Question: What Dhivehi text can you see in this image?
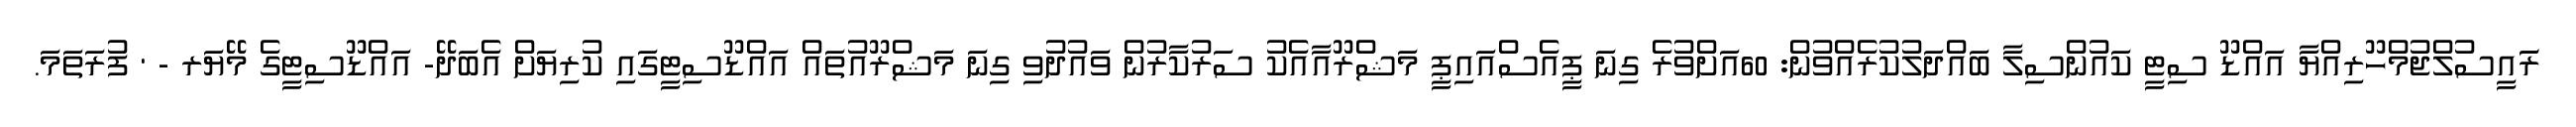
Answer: ރަައީސުލްޖުމްހޫރިއްޔާ އައްޑޫ ސިޓީ ކައުންސިލާ ބައްދަލުކުރެއްވުން: 60އަށްވުރެ ގިނަ ޕީއެސްއައިޕީ މަޝްރޫއާއެކު ސަރުކާރުން ވައުދުވި ގިނަ މަޝްރޫއުތައް އައްޑޫސިޓީގައި ކުރިޔަށް އެބަދޭ- އައްޑޫސިޓީގެ މޭޔަރ - ' ފުރަތަމަ.